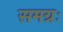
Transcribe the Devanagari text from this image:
समग्रः